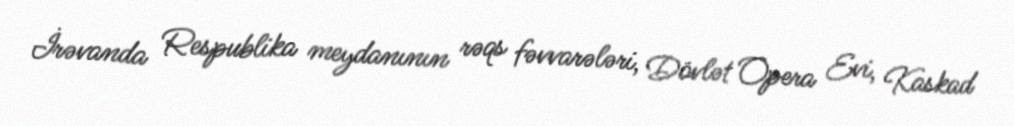
İrəvanda Respublika meydanının rəqs fəvvarələri, Dövlət Opera Evi, Kaskad